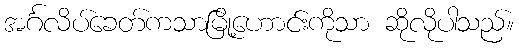
အင်္ဂလိပ်ခေတ်ကသာမြို့ဟောင်းကိုသာ ဆိုလိုပါသည်။